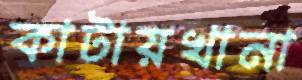
কাটায়খানা